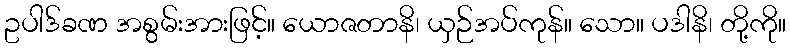
ဥပါဒ်ခဏ အစွမ်းအားဖြင့်။ ယောဇတာနိ၊ ယှဉ်အပ်ကုန်။ သော။ ပဒါနိ၊ တို့ကို။